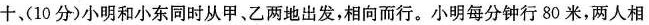
十、(10分)小明和小东同时从甲、乙两地出发，相向而行。小明每分钟行80米，两人相